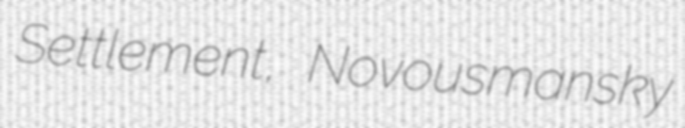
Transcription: Settlement, Novousmansky